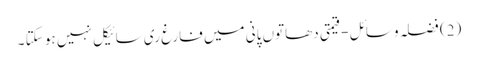
(2) فضلہ وسائل - قیمتی دھاتوں پانی میں فارغ ری سائیکل نہیں ہو سکتا ۔